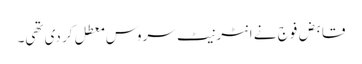
قابض فوج نے انٹرنیٹ سروس معطل کر دی تھی۔